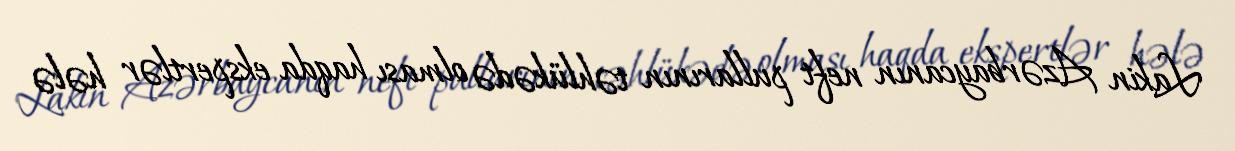
Lakin Azərbaycanın neft pullarının təhlükədə olması haqda ekspertlər hələ